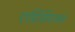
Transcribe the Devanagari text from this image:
एप्रिसिएसन